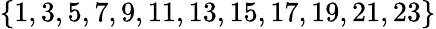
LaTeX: \{ 1,3,5,7,9,11,13,15,17,19,21,23\}